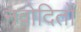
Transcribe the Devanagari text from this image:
नवोदितों